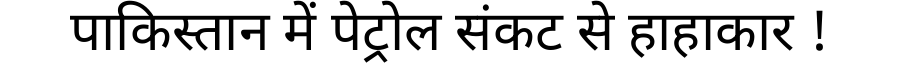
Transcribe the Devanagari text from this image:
पाकिस्तान में पेट्रोल संकट से हाहाकार !